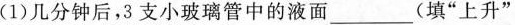
(1)几分钟后，3支小玻璃管中的液面___(填”上升”